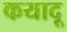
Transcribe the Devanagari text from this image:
कयादू